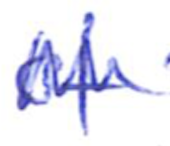
Text: of
Cross-out: zig-zag
Writing tool: ballpoint